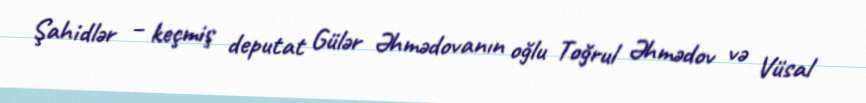
Şahidlər – keçmiş deputat Gülər Əhmədovanın oğlu Toğrul Əhmədov və Vüsal